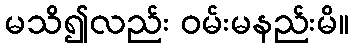
မသိ၍လည်း ဝမ်းမနည်းမိ။